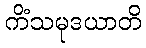
ကိံသမုဒယာတိ